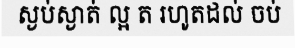
ស្ងប់ស្ងាត់ ល្អ ត រហូតដល់ ចប់